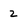
Character: 2